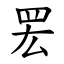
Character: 䍔